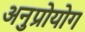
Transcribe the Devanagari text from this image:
अनुप्रोयोग